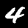
Label: 4